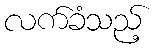
လက်ခံသည့်